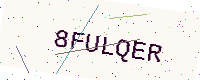
Text: 8FULQER